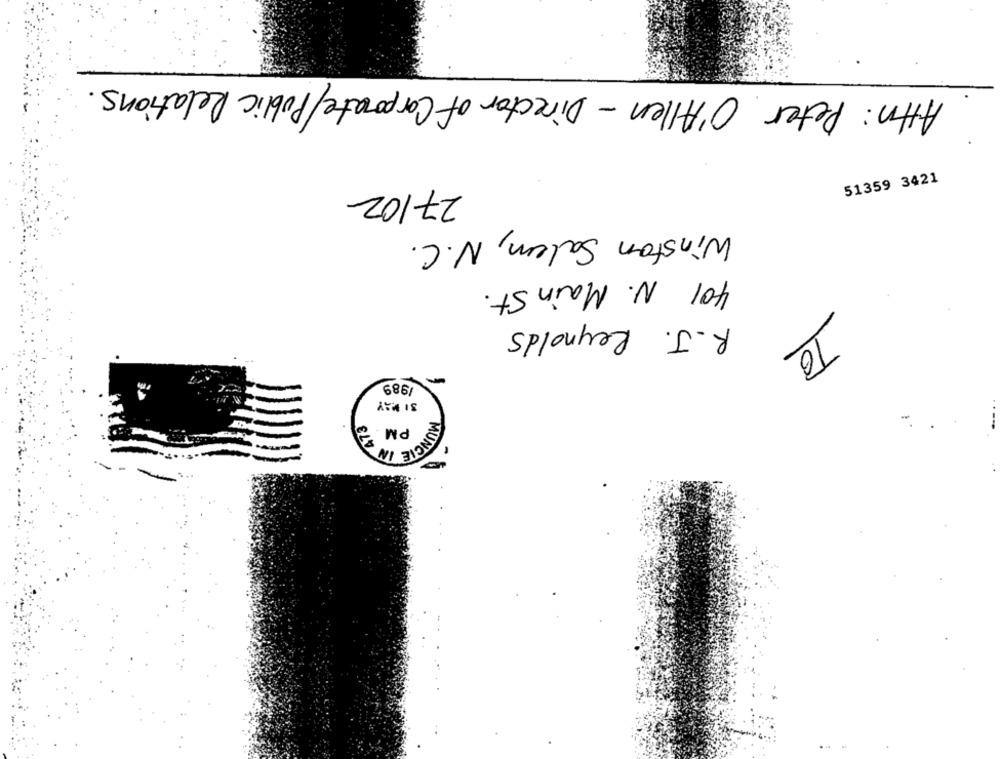
Attn: Peter O'Allen - Director of Corporate/Public Relations
27/02
51359 3421
Winston Salem, N.C.
401 N. Main St.
R.J. Reynolds
TO
1989
31 MAY
PM
MUNCIE IN 479